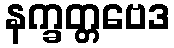
နက္ခတ္တဗေဒ